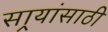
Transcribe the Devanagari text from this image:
सार्‍यांसाठी